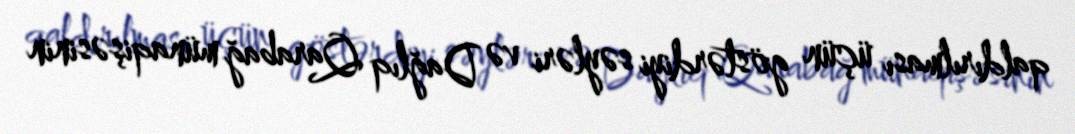
qaldırılması üçün göstərdiyi səyləri və Dağlıq Qarabağ münaqişəsinin